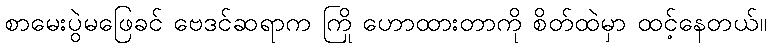
စာမေးပွဲမဖြေခင် ဗေဒင်ဆရာက ကြို ဟောထားတာကို စိတ်ထဲမှာ ထင့်နေတယ်။